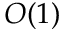
O ( 1 )